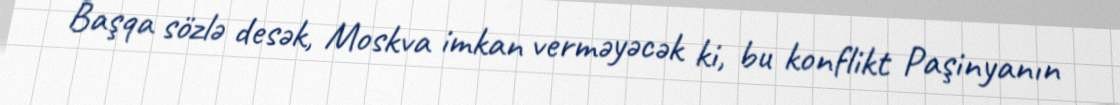
Başqa sözlə desək, Moskva imkan verməyəcək ki, bu konflikt Paşinyanın